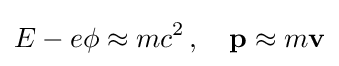
E-e\phi \approx mc^{2}\,,\quad \mathbf {p} \approx m\mathbf {v}